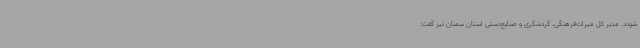
شوند. مدیر کل میراث‌فرهنگی، گردشگری و صنایع‌دستی استان سمنان نیز گفت: